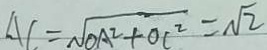
A C = \sqrt { O A ^ { 2 } + O C ^ { 2 } } = \sqrt { 2 }